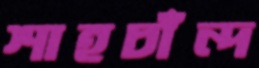
শাহচাঁন্দ